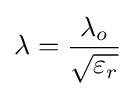
\lambda ={\frac {\lambda _{o}}{\sqrt {\varepsilon _{r}}}}